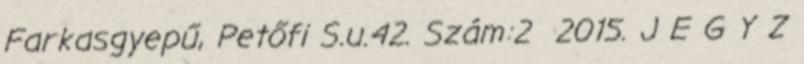
Farkasgyepű, Petőfi S.u.42. Szám:2 2015. J E G Y Z